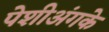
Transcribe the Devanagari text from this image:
पेशीअंगके